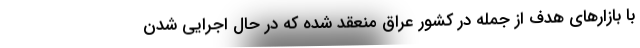
با بازارهاي هدف از جمله در كشور عراق منعقد شده كه در حال اجرایي شدن